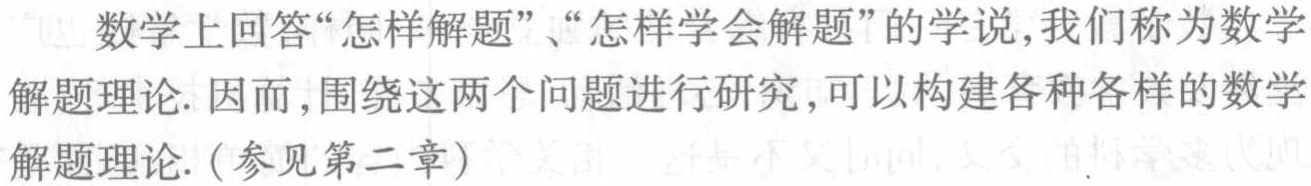
数学上回答“怎样解题”、“怎样学会解题”的学说,我们称为数学解题理论. 因而,围绕这两个问题进行研究,可以构建各种各样的数学解题理论. (参见第二章)